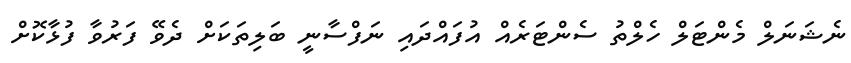
ނެޝަނަލް މެންޓަލް ހެލްތު ސެންޓަރެއް އުފައްދައި ނަފްސާނީ ބަލިތަކަށް ދެވޭ ފަރުވާ ފުޅާކޮށް